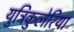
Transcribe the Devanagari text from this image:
युट्रिकुलेरिया